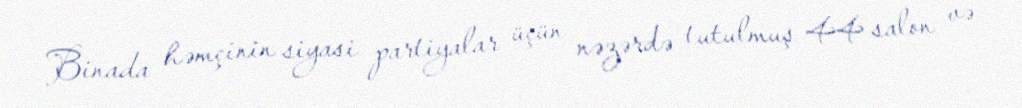
Binada həmçinin siyasi partiyalar üçün nəzərdə tutulmuş 44 salon və